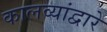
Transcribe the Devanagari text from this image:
कालव्यांद्वारे